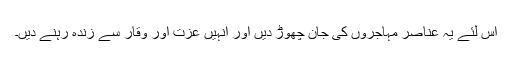
اس لئے یہ عناصر مہاجروں کی جان چھوڑ دیں اور انہیں عزت اور وقار سے زندہ رہنے دیں۔